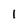
Character: I